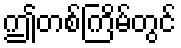
ဤတစ်ကြိမ်တွင်